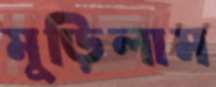
মুড়িলাম